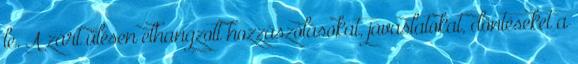
le. A zárt ülésen elhangzott hozzászólásokat, javaslatokat, döntéseket a